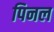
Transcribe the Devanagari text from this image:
पिनल